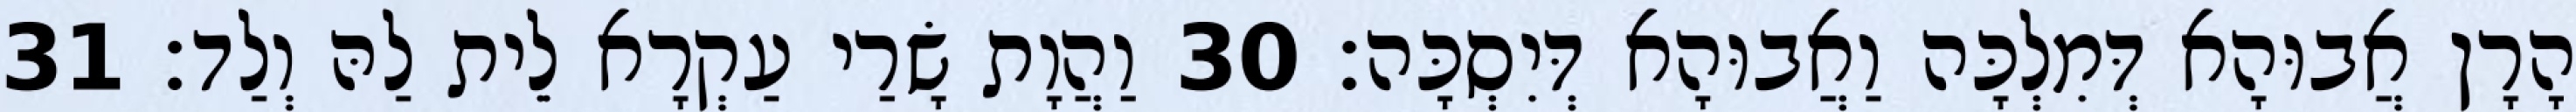
הָרָן אֲבוּהָא דְּמִלְכָּה וַאֲבוּהָא דְּיִסְכָּה׃ 30 וַהֲוָת שָׂרַי עַקְרָא לֵית לַהּ וְלַד׃ 31